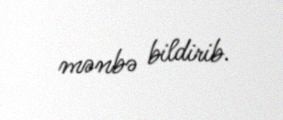
mənbə bildirib.